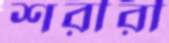
শরীরী